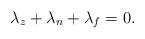
LaTeX: \begin{align*}\lambda_z + \lambda_n + \lambda_f = 0.\end{align*}